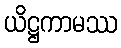
ယိဋ္ဌကာမဿ